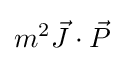
m^{2}{\vec {J}}\cdot {\vec {P}}